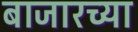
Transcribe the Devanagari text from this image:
बाजारच्या